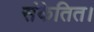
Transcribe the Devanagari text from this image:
संकेतित।